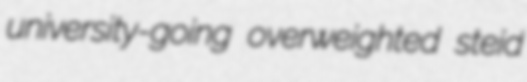
university-going overweighted steid